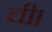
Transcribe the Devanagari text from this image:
ची।